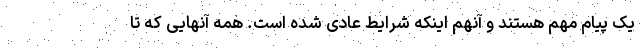
یک پیام مهم هستند و آنهم اینکه شرایط عادی شده است. همه آنهایی که تا